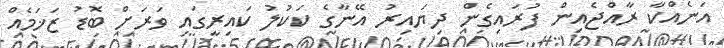
އަނެއްކާ ރާއްޖެއިން ފުރައިގެން ދިޔައިރު އޭނާގެ ކަކުލު ކައިރީގައި ވަރަށް ބޮޑު ޒަޚަމެއް